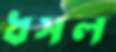
ধসল